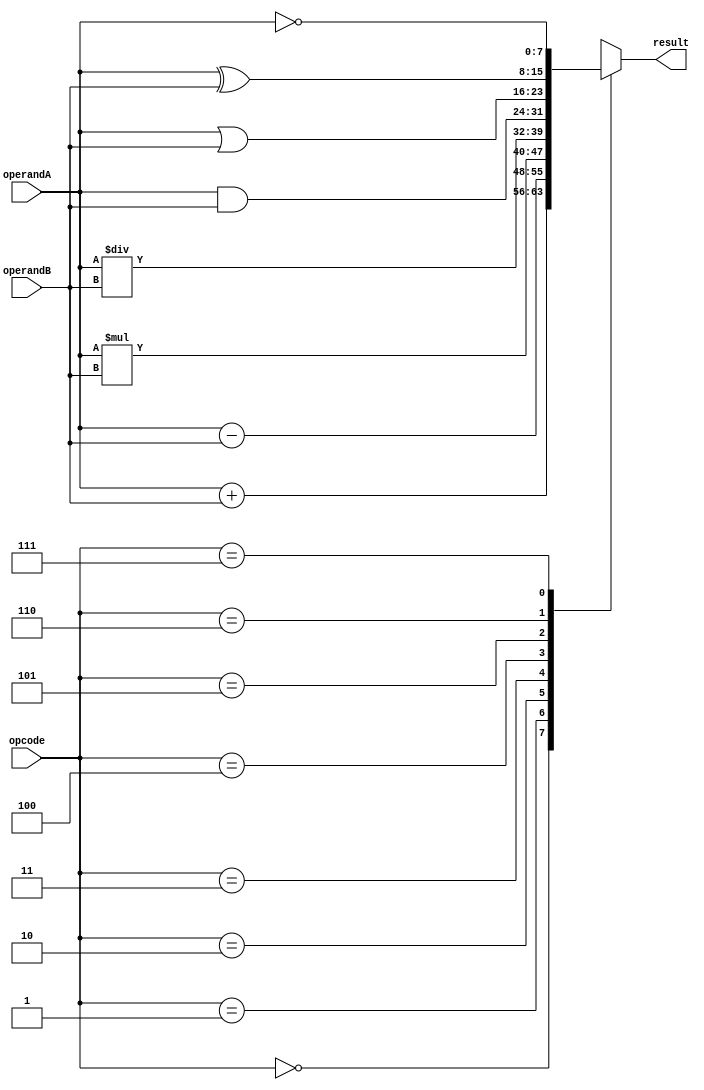
module ALU (
    input [7:0] operandA,
    input [7:0] operandB,
    input [2:0] opcode,
    output reg [7:0] result
);

// Arithmetic Blocks
reg [7:0] add_result, sub_result, mul_result, div_result;

always @(*) begin
    case(opcode)
        3'b000: result = add_result; // Adder
        3'b001: result = sub_result; // Subtractor
        3'b010: result = mul_result; // Multiplier
        3'b011: result = div_result; // Divider
        // Logical Operation (for demonstration purposes)
        3'b100: result = operandA & operandB; // AND operation
        3'b101: result = operandA | operandB; // OR operation
        3'b110: result = operandA ^ operandB; // XOR operation
        3'b111: result = ~operandA; // NOT operation
    endcase
end

// Adder
assign add_result = operandA + operandB;
// Subtractor
assign sub_result = operandA - operandB;
// Multiplier
assign mul_result = operandA * operandB;
// Divider
assign div_result = operandA / operandB;

endmodule